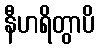
နီဟရိတွာပိ